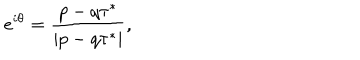
LaTeX: e ^ { i \theta } = { \frac { p - q \tau ^ { * } } { | p - q \tau ^ { * } | } } ,